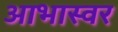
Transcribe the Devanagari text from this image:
आभास्वर